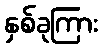
နှစ်ခုကြား